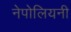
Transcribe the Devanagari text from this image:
नेपोलियनी